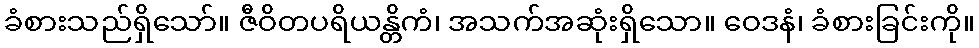
ခံစားသည်ရှိသော်။ ဇီဝိတပရိယန္တိကံ၊ အသက်အဆုံးရှိသော။ ဝေဒနံ၊ ခံစားခြင်းကို။